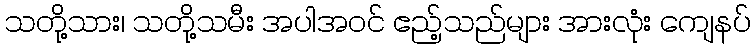
သတို့သား၊ သတို့သမီး အပါအဝင် ဧည့်သည်များ အားလုံး ကျေနပ်